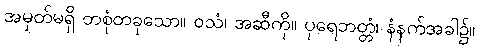
အမှတ်မရှိ တစုံတခုသော။ ဝသံ၊ အဆီကို။ ပုရေဘတ္တံ၊ နံနက်အခါ၌။